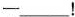
—___!